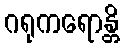
ဂရုကရောန္တိ